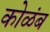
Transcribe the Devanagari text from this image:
कोळंब